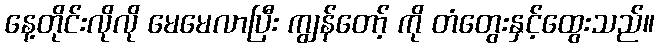
နေ့တိုင်းလိုလို မေမေလာပြီး ကျွန်တော့် ကို တံတွေးနှင့်ထွေးသည်။